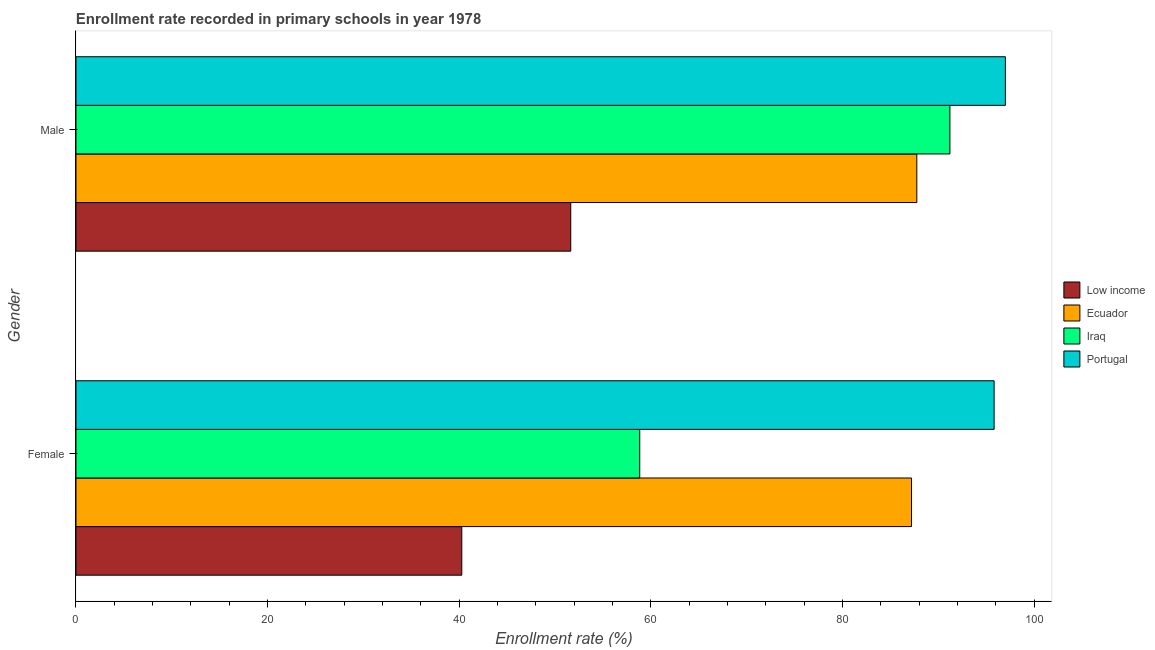
| Gender | Low income | Ecuador | Iraq | Portugal |
 | --- | --- | --- | --- | --- |
 | Female | 40.3 | 87.2 | 58.8 | 95.8 |
 | Male | 51.6 | 87.7 | 91.2 | 97 |